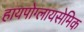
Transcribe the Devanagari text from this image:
हायपोग्लायसेमिक